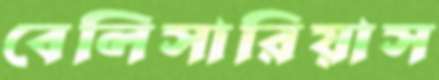
বেলিসারিয়াস